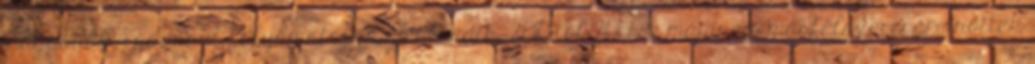
magasabb, ráadásul folyamatosan emelkedik, 2010-től 2017-re majdnem másfélszeresére nőttek